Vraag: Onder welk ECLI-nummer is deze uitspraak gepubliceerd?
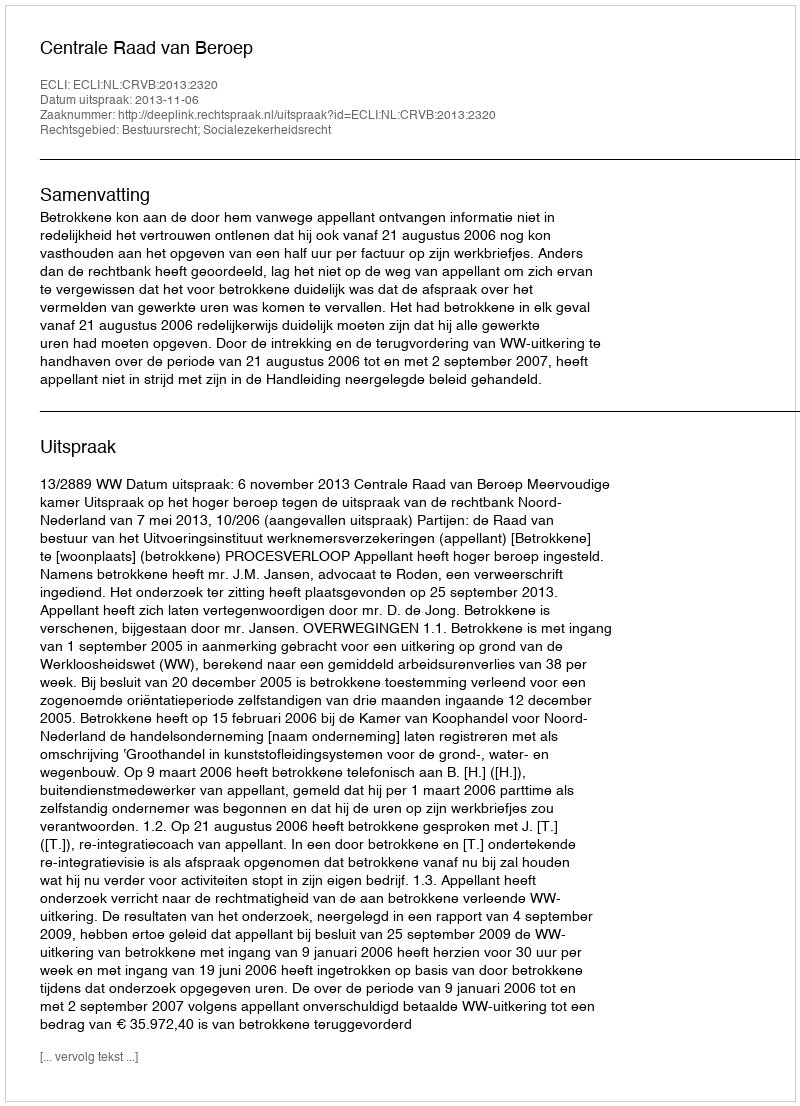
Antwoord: ECLI:NL:CRVB:2013:2320